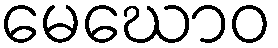
မေဃောဝ